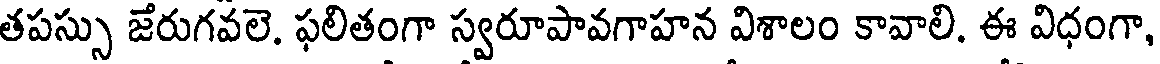
తపస్సు జేరుగవలె. ఫలితంగా స్వరూపావగాహన విశాలం కావాలి. ఈ విధంగా,